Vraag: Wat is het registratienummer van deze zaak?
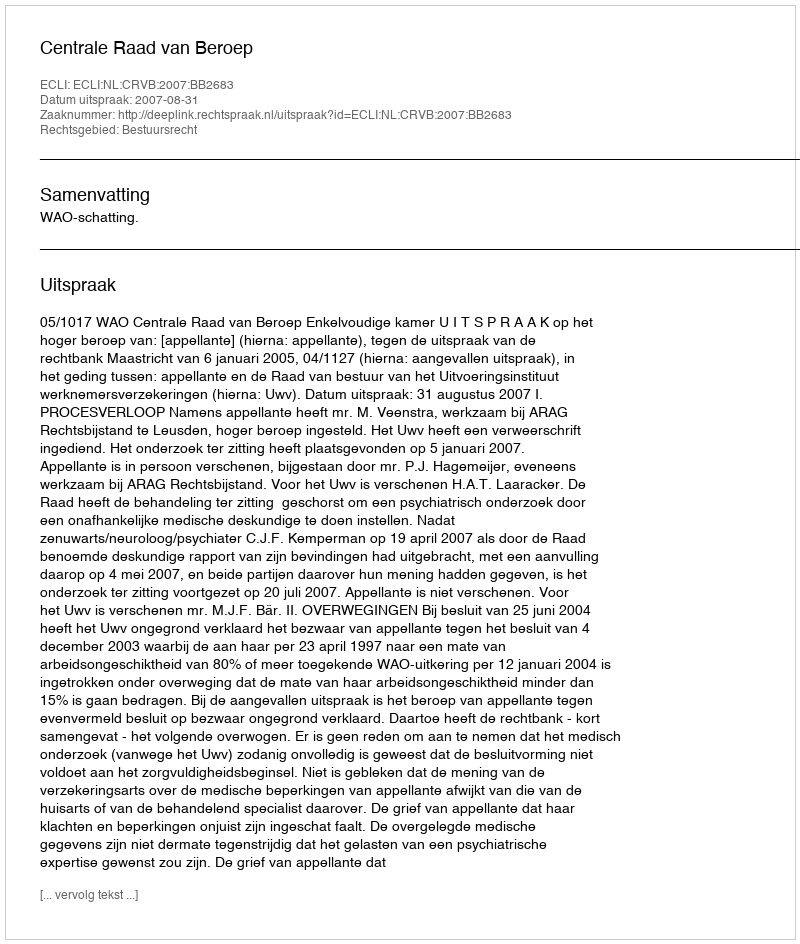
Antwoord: http://deeplink.rechtspraak.nl/uitspraak?id=ECLI:NL:CRVB:2007:BB2683